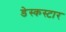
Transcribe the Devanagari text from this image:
डेस्कस्टार